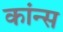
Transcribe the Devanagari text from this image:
कांन्स